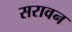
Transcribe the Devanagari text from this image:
सरावन